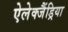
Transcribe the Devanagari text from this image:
ऐलेक्जैंड्रिया